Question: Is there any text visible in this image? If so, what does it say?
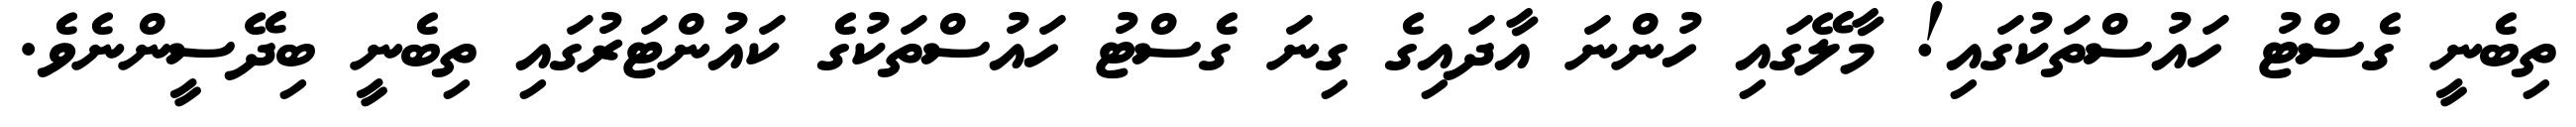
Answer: ތިބެނީ ގެސްޓު ހައުސްތަކުގައި! މާލޭގައި ހުންނަ އާދައިގެ ގިނަ ގެސްޓު ހައުސްތަކުގެ ކައުންޓަރުގައި ތިބެނީ ބިދޭސީންނެވެ.